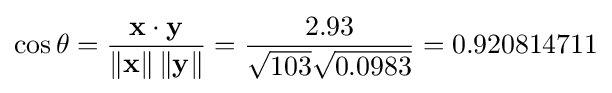
\cos \theta ={\frac {\mathbf {x} \cdot \mathbf {y} }{\left\|\mathbf {x} \right\|\left\|\mathbf {y} \right\|}}={\frac {2.93}{{\sqrt {103}}{\sqrt {0.0983}}}}=0.920814711